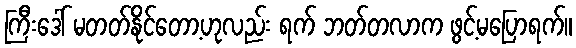
ကြီးဒေါ် မတတ်နိုင်တော့ဟုလည်း ရက် ဘတ်တလာက ဖွင့်မပြောရက်။